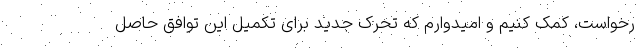
رخواست، کمک کنیم و امیدوارم که تحرک جدید برای تکمیل این توافق حاصل